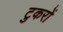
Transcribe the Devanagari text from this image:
टुकरों